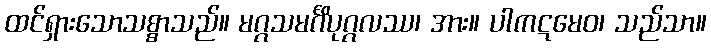
ထင်ရှားသောသစ္စာသည်။ မဂ္ဂသမင်္ဂိပုဂ္ဂလဿ၊ အား။ ပါကဋမေဝ၊ သည်သာ။